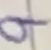
Text: 9